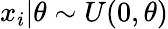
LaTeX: x_{i}|\theta\sim U(0,\theta)